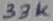
Text: 33K